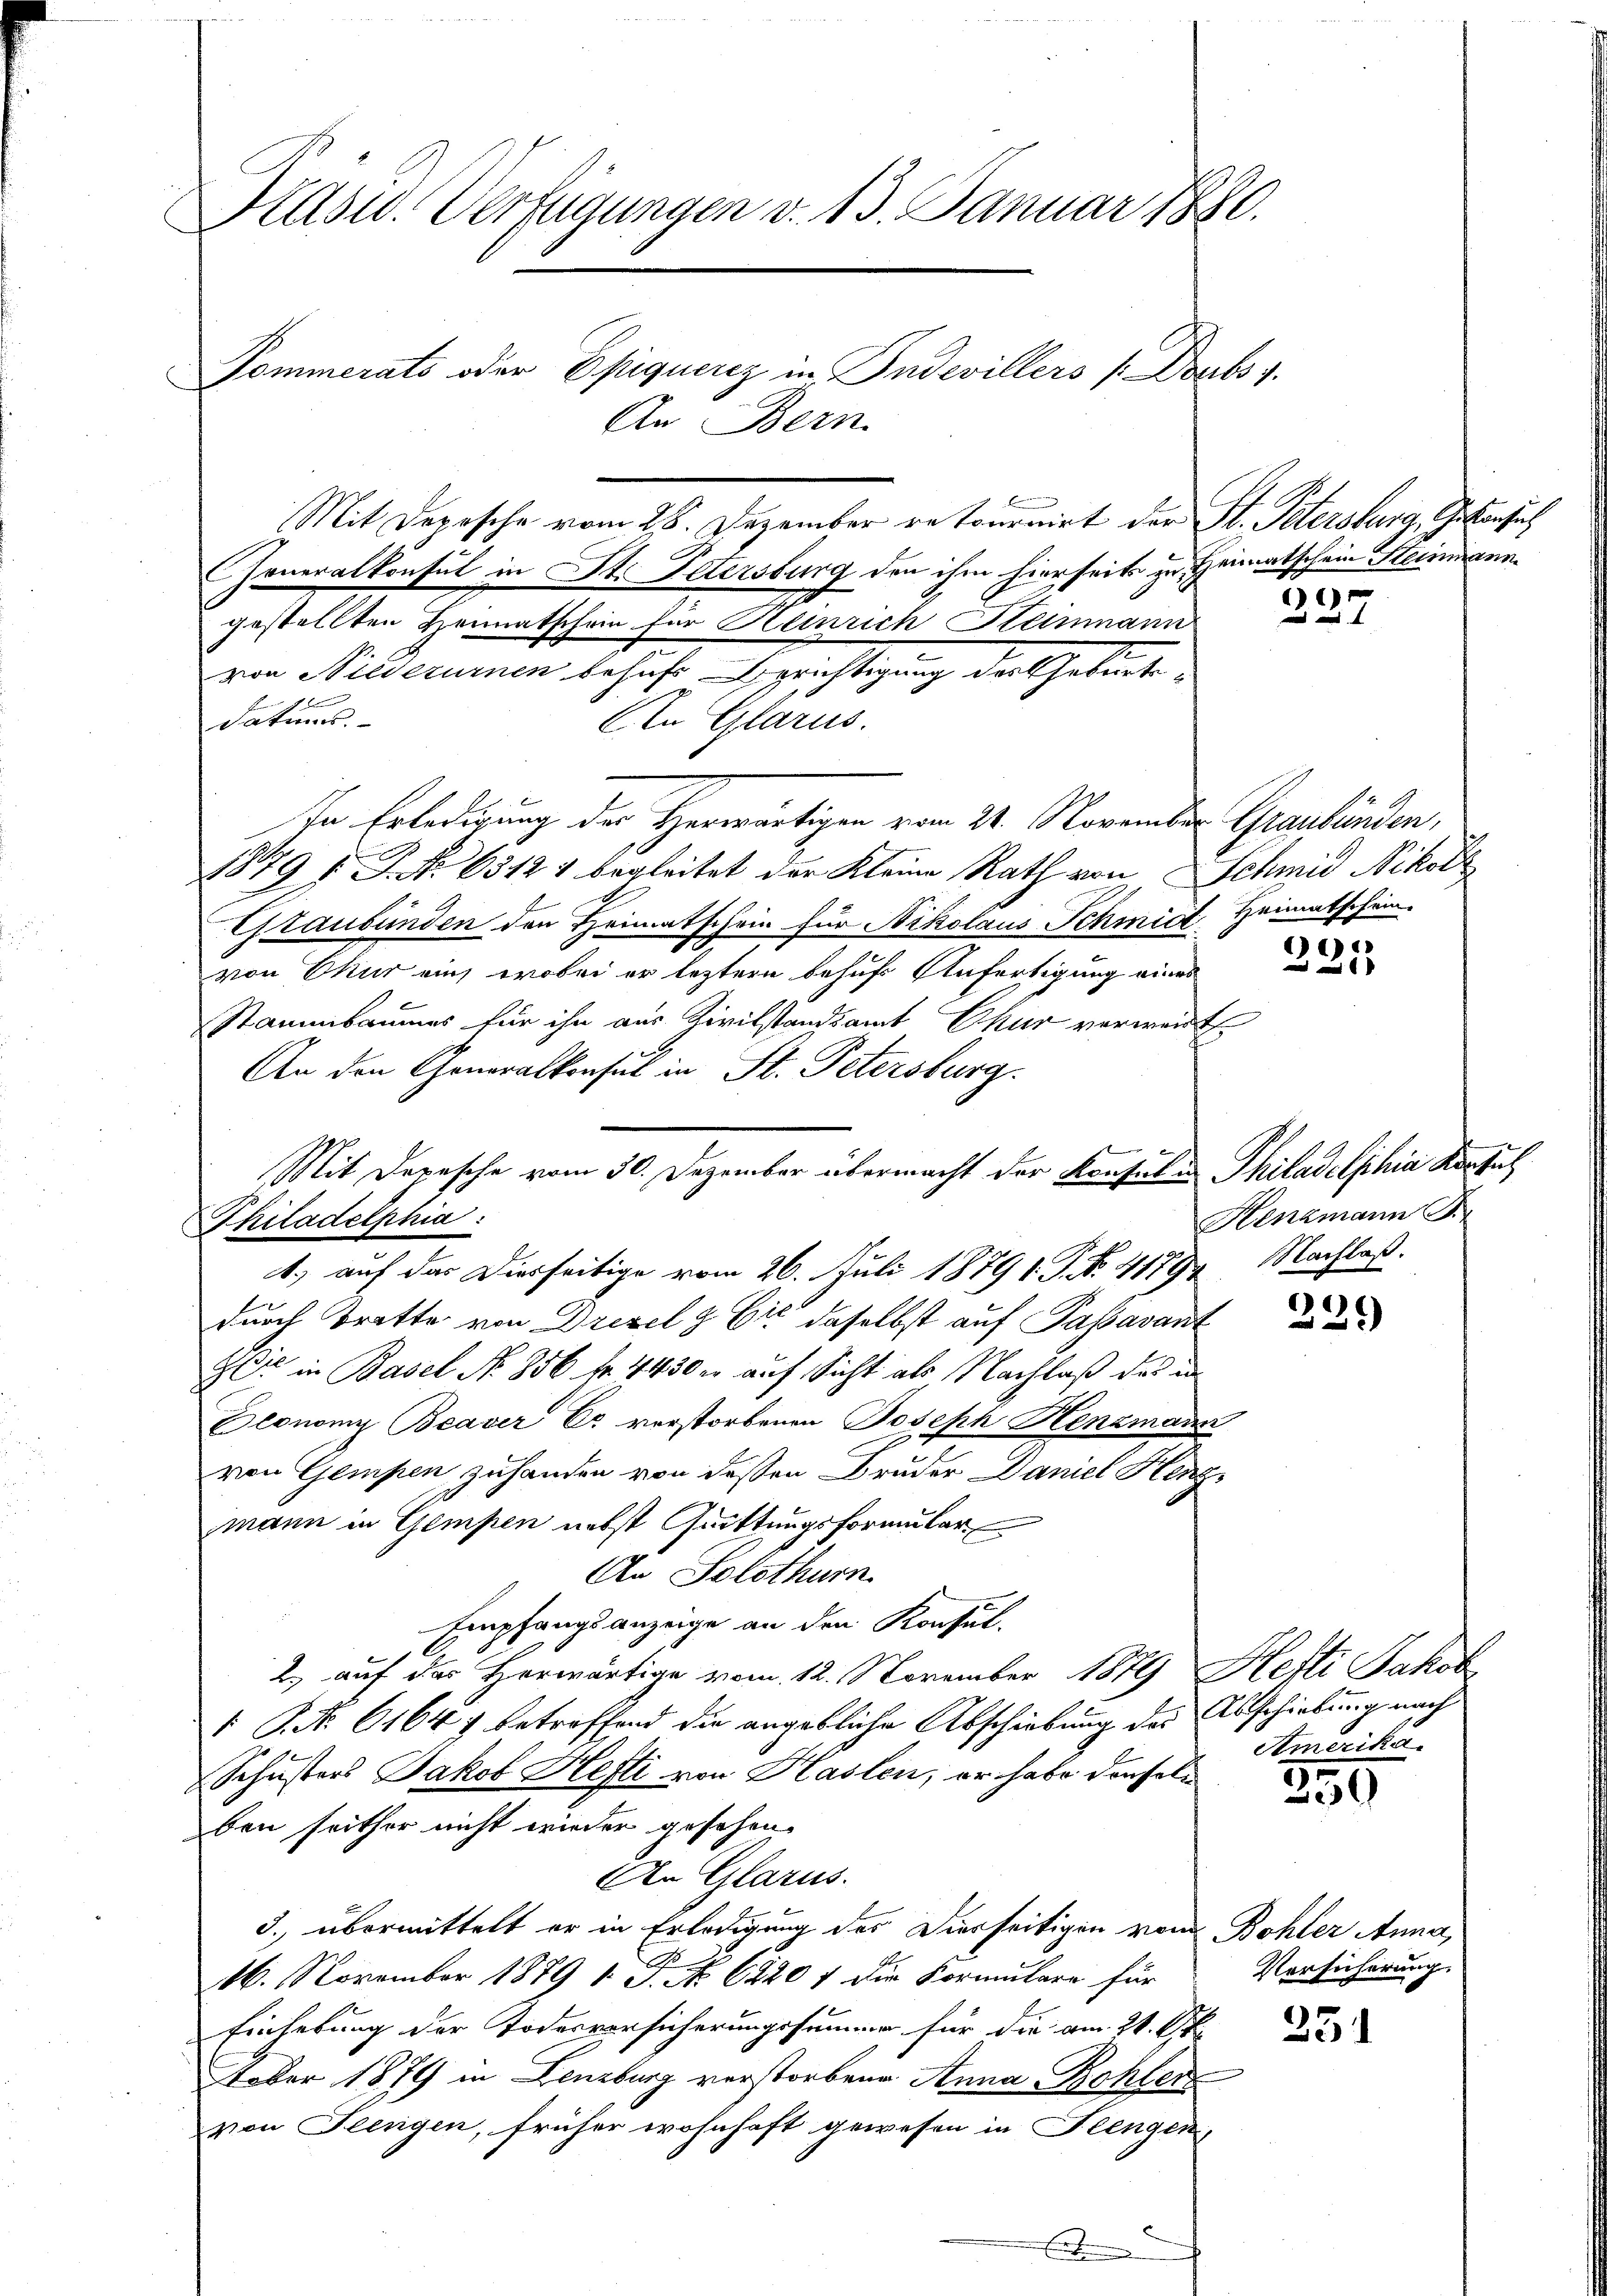
Prasw. Verfügungen v. 13. Januar 1880.
Pommerats oder Epiquerez in Indevillers (Doubs v.
An Bern.

Mit Depesche vom 25. Dezember retournirt der St. Petersburg, Gebersich
Generalkonsul in St. Petersburg den ihm hierseits zu Heimatschein Steinmann.
gestellten Heimatschein für Heinrich Steinmann
von Niederurnen behufs sprichtigung der Geburte
dations.
AIn Glarus.
In Erledigung der Herwärtigen vom 21. November Graubünden,
1879 f. P. Nr. 63121 begleitet der Kleine Rath von Schmid Nikoll
Graubünden den Heimatschein für Nikolaus Schmid
von Okur auch wobei er leztern behufs Anfertigung eines
Stammbaumes für ihn aus Civilstandsamt Chur verweit
An den Generalkonsul in St. Petersburg.
Mit Depesche vom 30. Dezember übermacht der Konsula Philadelphia Konsul
1.) auf das Dierseitige vom 26. Juli 1879 1. P. N. 4179
durch Tritte von Drisel & Cie daselbst auf Passavant
zer in Basel No. 856 fr. 4430 er auf Sicht als Nachlaß des in
Sconomy Beaver Er verstorbenen Joseph Henzmann
von Gempen zuhanden von dessen Bruder Daniel Heng
mann in Gempen nebst Quittungsformular
An Solothurn
Empfangsanzeige an den Konsul-
2.) auf der Herwärtige vom 12. November 1879 Hefti Jakob
1 No 6164) betreffend die angebliche Abschreibung des Abschiebung nach
Schusters Jakob Hefti von Haslen, er habe denselben seither nicht wieder gesehen
An Glarus.
3. übermittelt er in Erledigung des Diesseitigen vom
C
16. November 1879 1. P. No. 6220 f die Formulare für
Einhebung der Todesvorsicherungssumme für die am 21. Ok
tober 1879 in Lenzburg verstorbene Anna Rohler
von Feingen, früher wohnhaft gewesen in Flengen

Philadelphia:

)
2
1

Heimatschein.

)
2

Henzmann J.
NNachlaß.

239

Amerika.

250

Bohler Anna,
Versicherung.

351